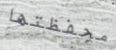
محفظتها